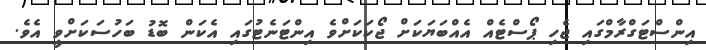
އިންސްޓަގްރާމްގައި ޖެހި ޕޯސްޓެއް އެއްބަޔަކަށް ޖޯކަކަށްވެ އިންޓަނެޓުގައި އެކަން ބޮޑު ބަހުސަކަށްވީ އެވެ.